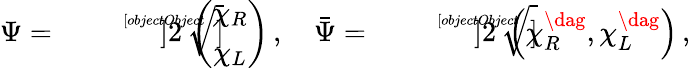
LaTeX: \Psi=\sqrt[[objectObject]]]{2}\, \left(\begin{array}{c}{{\chi_{R}}}\\ {{\chi_{L}}}\end{array}\right)\, ,\quad\bar{\Psi}=\sqrt[[objectObject]]]{2}\; \left(\chi_{R}^{\dag},\chi_{L}^{\dag}\right)\, ,